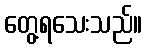
တွေ့ရသေးသည်။